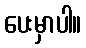
ပေးမှာပါ။